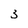
Character: 3